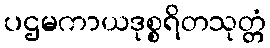
ပဌမကာယဒုစ္စရိတသုတ္တံ